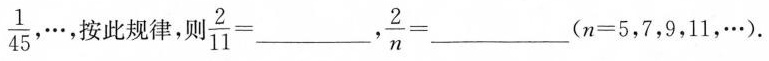
\frac{1}{45},\cdots$$ …，按此规律， $$\frac{2}{11}=___$$， $$\frac{2}{n}=___$$( n=5，7，9，11，…).